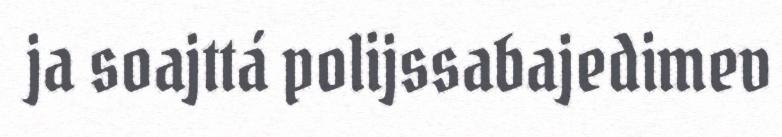
ja soajttá polijssabajedimev